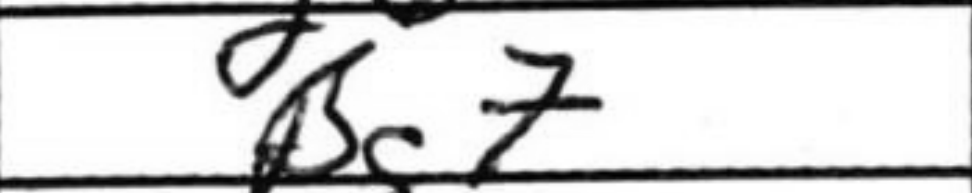
Transcription: Bg7